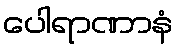
ပေါရာဏာနံ